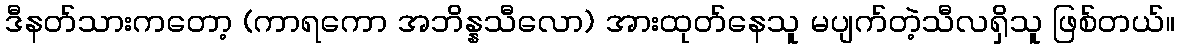
ဒီနတ်သားကတော့ (ကာရကော အဘိန္နသီလော) အားထုတ်နေသူ မပျက်တဲ့သီလရှိသူ ဖြစ်တယ်။